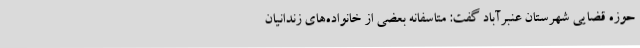
حوزه قضایی شهرستان عنبرآباد گفت: متاسفانه بعضی از خانواده‌های زندانیان